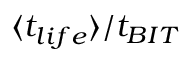
\langle t _ { l i f e } \rangle / t _ { B I T }